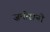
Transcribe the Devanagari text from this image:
ज़मोरानो